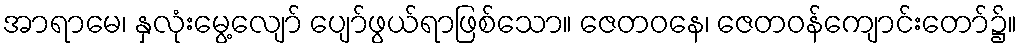
အာရာမေ၊ နှလုံးမွေ့လျော် ပျော်ဖွယ်ရာဖြစ်သော။ ဇေတဝနေ၊ ဇေတဝန်ကျောင်းတော်၌။